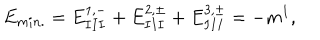
LaTeX: E _ { m i n . } = E _ { I I I } ^ { 1 , - } + E _ { I I I } ^ { 2 , \pm } + E _ { I I I } ^ { 3 , \pm } = - m ^ { 1 } ,